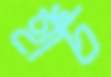
হাঁচ